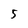
Character: 5